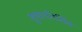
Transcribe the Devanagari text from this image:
तुषारनिर्मित